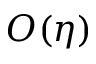
O ( \eta )